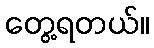
တွေ့ရတယ်။